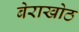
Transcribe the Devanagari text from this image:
बेराखोठ